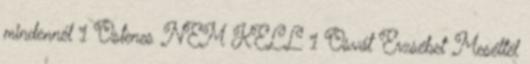
mindennél 1 Ostenes NEM KELL 1 Osvát Erzsébet Meséltél